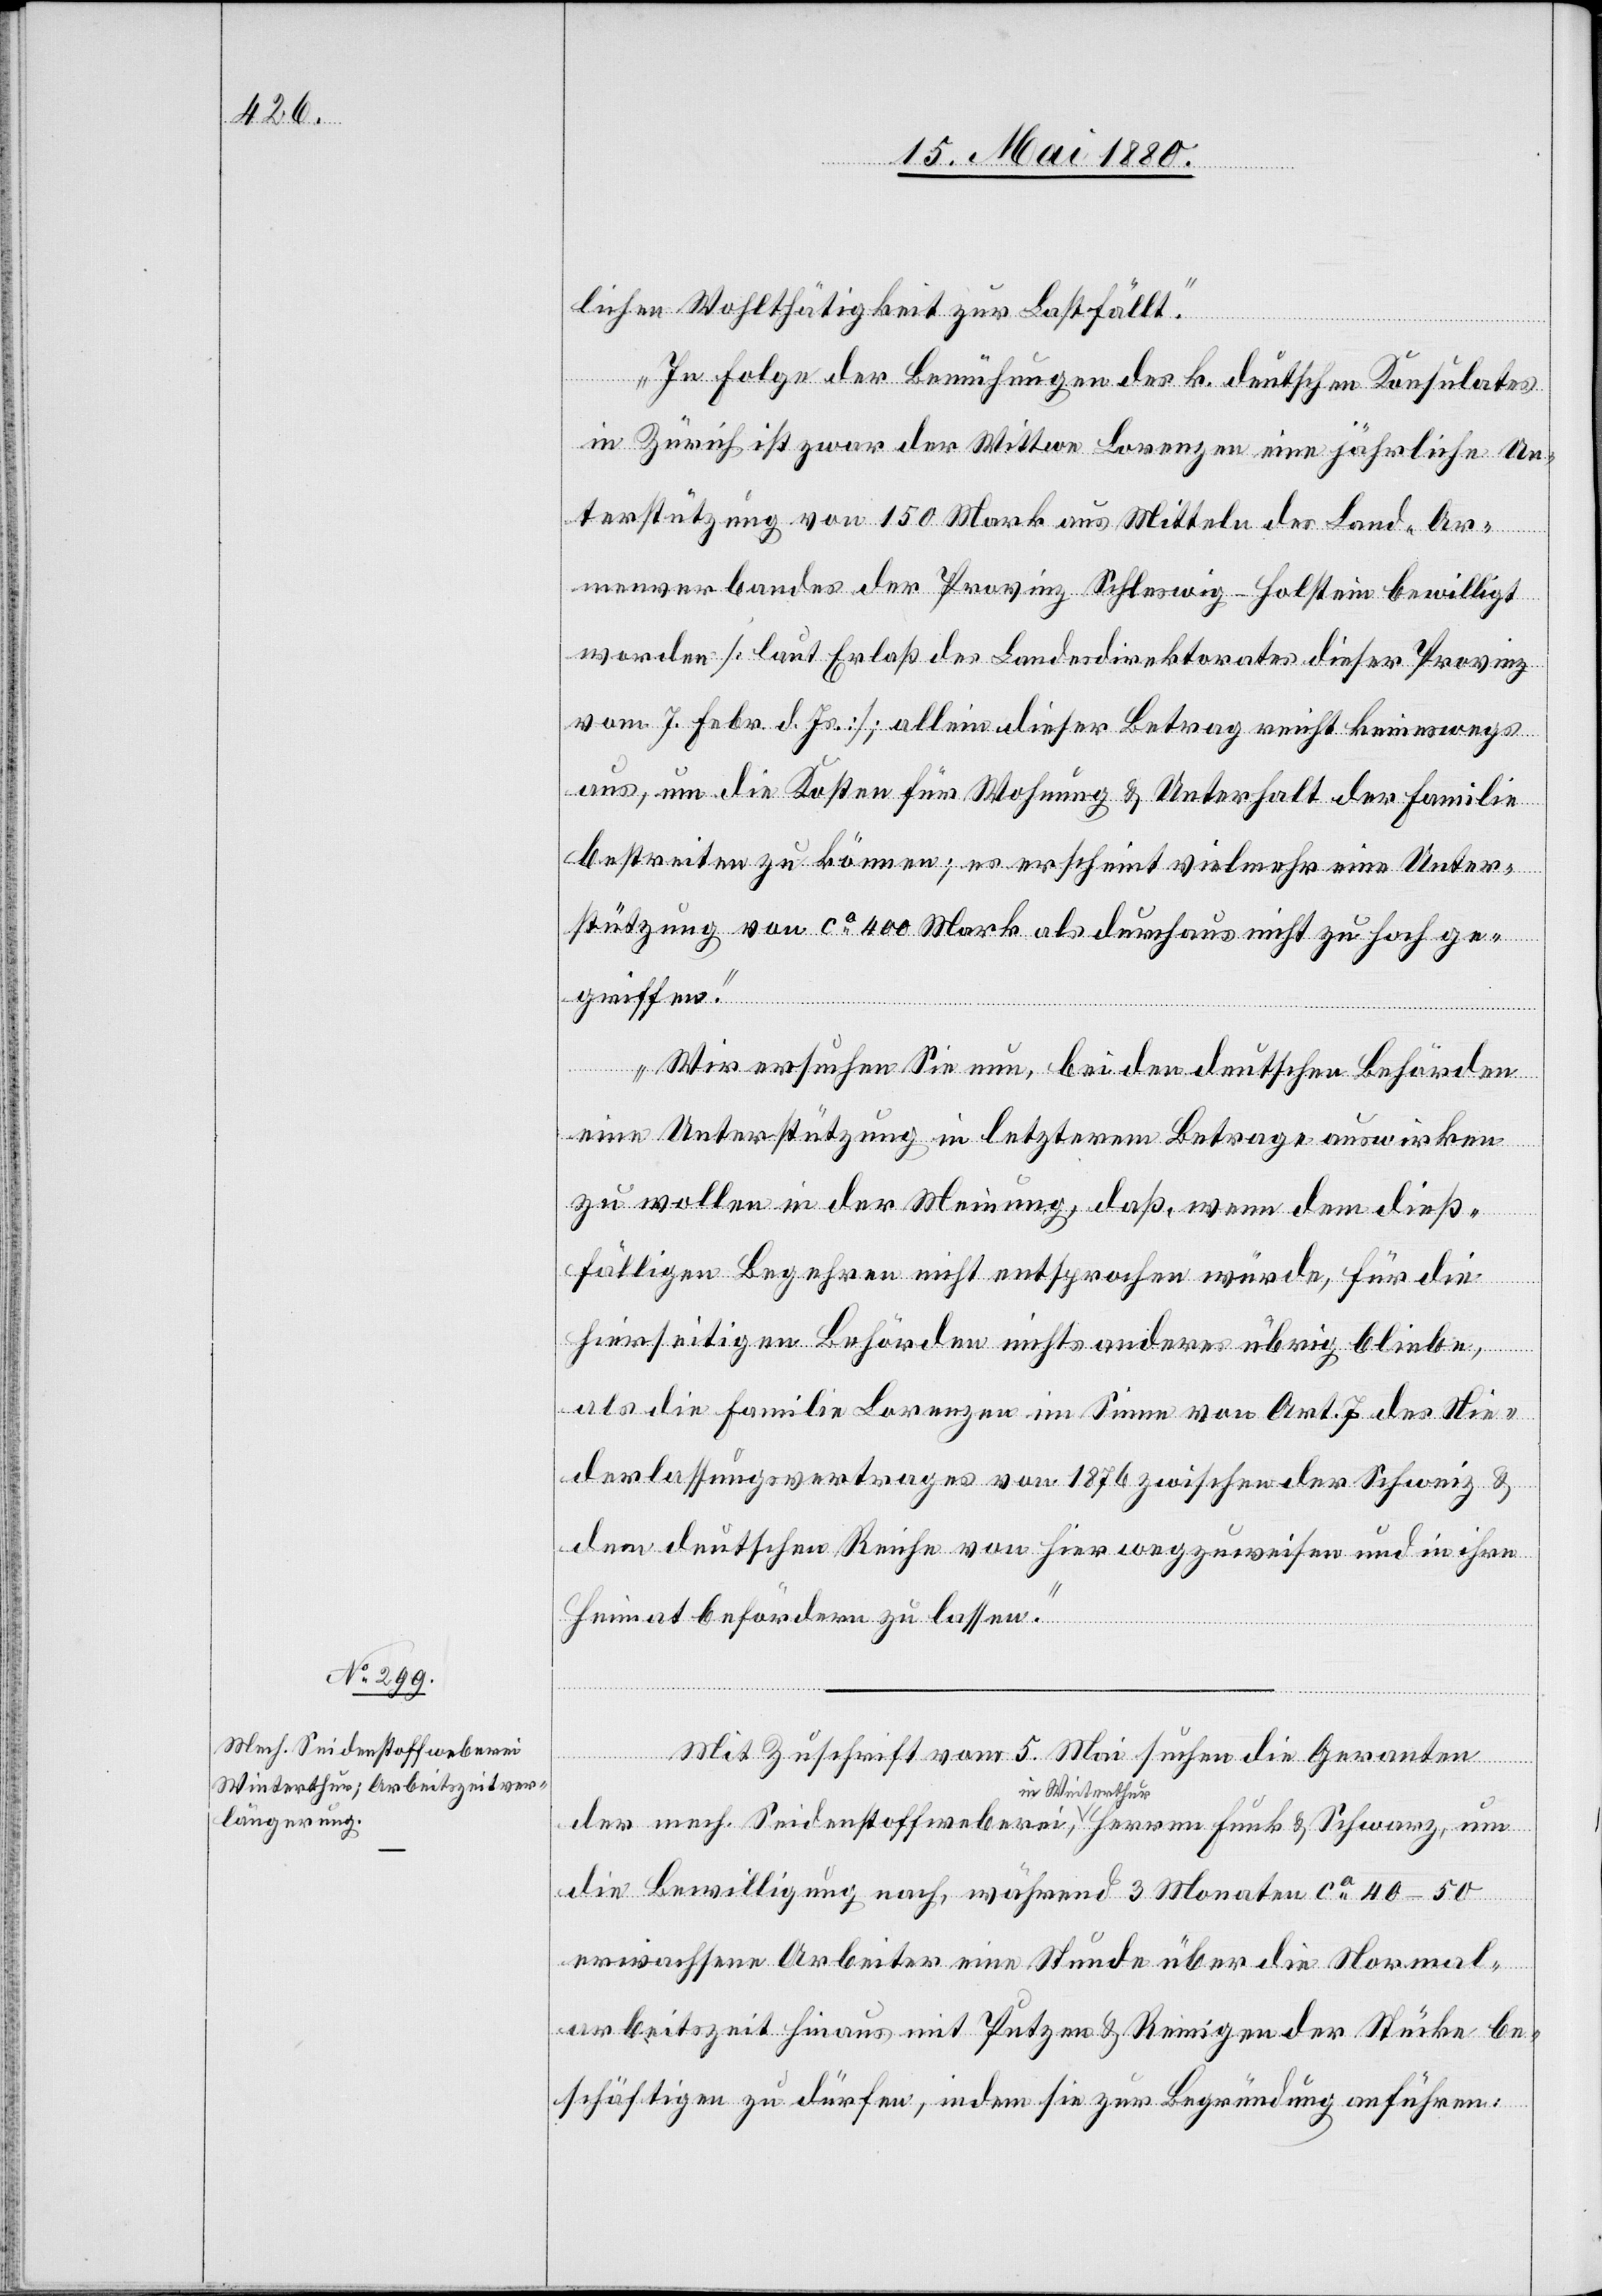
mech. Seidenstoffweberei

lichen Wohlthätigkeit zur Last fällt.
Herren
In Folge der Bemühungen des k. deutschen Konsulates
in Zürich ist zwar der Wittwe Lorenzen eine jährliche Un¬
terstützung von 150 Mark aus Mitteln des Land-Ar¬
der
menverbandes der Provinz Schleswig-Holstein bewilligt
worden [laut Erlaß des Landesdirektorates dieser Provinz
vom 7. Febr. d. Js.]; allein dieser Betrag reicht keineswegs
aus, um die Kosten für Wohnung & Unterhalt der Familie
bestreiten zu können; es erscheint vielmehr eine Unter¬
stützung von ca 400 Mark als durchaus nicht zu hoch ge¬
griffen.
Wir ersuchen Sie nun, bei den deutschen Behörden
eine Unterstützung in letzterem Betrage auswirken
zu wollen in der Meinung, daß, wenn dem dieß¬
fälligen Begehren nicht entsprochen würde, für die
hierseitigen Behörden nichts anderes übrige bliebe,
als die Familie Lorenzen im Sinne von Art. 7 des Nie¬
derlassungsvertrages vom 1876 zwischen der Schweiz &
dem deutschen Reiche von hier wegzuweisen und in ihre
Heimat befördern zu lassen.“
Mit Zuschrift vom 5. Mai suchen die Geranten
in Winterthur,
die Bewilligung nach, während 3 Monaten ca 40–50
erwachsene Arbeiter eine Stunde über die Normal¬
arbeitszeit hinaus mit Putzen & Reinigen der Stücke be¬
schäftigen zu dürfen, indem sie zur Begründung anführen: